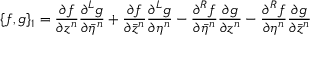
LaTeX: \{ f , g \} _ { 1 } = \frac { \partial f } { \partial z ^ { n } } \frac { \partial ^ { L } g } { \partial { \bar { \eta } } ^ { n } } + \frac { \partial f } { \partial { \bar { z } } ^ { n } } \frac { \partial ^ { L } g } { \partial \eta ^ { n } } - \frac { \partial ^ { R } f } { \partial { \bar { \eta } } ^ { n } } \frac { \partial g } { \partial z ^ { n } } - \frac { \partial ^ { R } f } { \partial \eta ^ { n } } \frac { \partial g } { \partial { \bar { z } } ^ { n } }